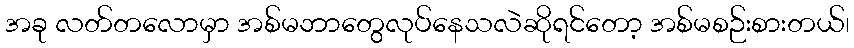
အခု လတ်တလောမှာ အစ်မဘာတွေလုပ်နေသလဲဆိုရင်တော့ အစ်မစဉ်းစားတယ်၊